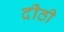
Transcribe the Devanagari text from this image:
दीठी